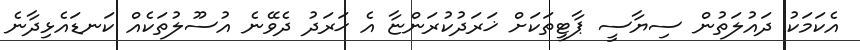
އެކަމަކު ދައުލަތުން ސިޔާސީ ޕާޓީތަކަށް ޚަރަދުކުރަންޏާ އެ ޚަރަދު ދެވޭނެ އުސޫލުތަކެއް ކަނޑައެޅިދާނެ